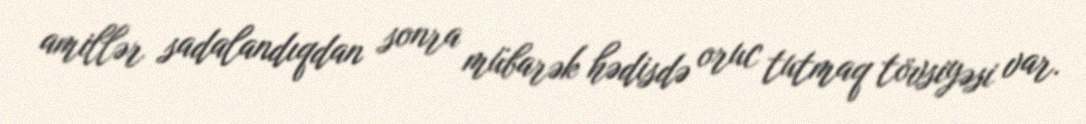
amillər sadalandıqdan sonra mübarək hədisdə oruc tutmaq tövsiyəsi var.